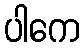
ပါကေ